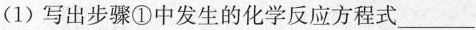
(1) 写出步骤①中发生的化学反应方程式___